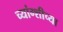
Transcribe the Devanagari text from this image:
च्यांग्शीच्या